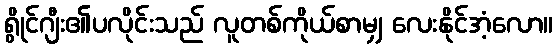
ရွိုင်ဂျီး၏ပလိုင်းသည် လူတစ်ကိုယ်စာမျှ လေးနိုင်အံ့လော။